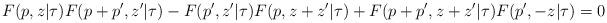
LaTeX: \begin{align*}F(p,z|\tau)F(p+p',z'|\tau)-F(p',z'|\tau)F(p,z+z'|\tau)+F(p+p',z+z'|\tau)F(p',-z|\tau)=0\end{align*}